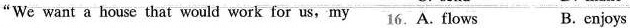
"We want a house that would work for us,my 16. A. flows B. enjoys